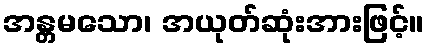
အန္တမသော၊ အယုတ်ဆုံးအားဖြင့်။